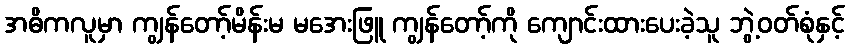
အဓိကလူမှာ ကျွန်တော့်မိန်းမ မအေးဖြူ ကျွန်တော့်ကို ကျောင်းထားပေးခဲ့သူ ဘွဲ့ဝတ်စုံနှင့်